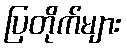
ပြတိုက်များ